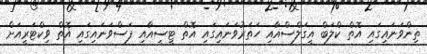
ތިންވަނައިގައި އޮތް ކްލަބް އީގަލްސްއާއި ހަތަރުވަނައިގައި އޮތް ޓީސީއާއި ފަސްވަނައިގައި އޮތް ވިކްޓަރީއަށް